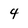
Character: 4